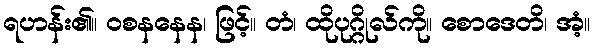
ရဟန်း၏။ ဝစနနေန၊ ဖြင့်။ တံ၊ ထိုပုဂ္ဂိုလ်ကို။ စောဒေတိ၊ အံ့။